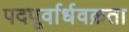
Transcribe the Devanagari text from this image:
पदपूर्वार्धवक्रता